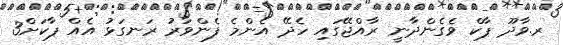
ރ.ވާދޫ ޕާކް ވެގެންދާނީ ރާއްޖޭގައި ހެދޭ އެންމެ ފެންވަރު ރަނގަޅު އެއް ޕާކަށް3